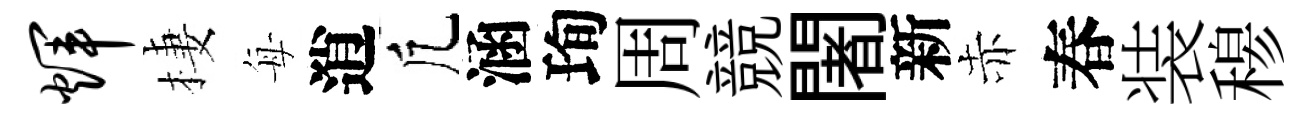
辉棲每逍凢涵珣周競闍新赤春装𥠇